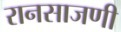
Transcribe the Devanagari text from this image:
रानसाजणी